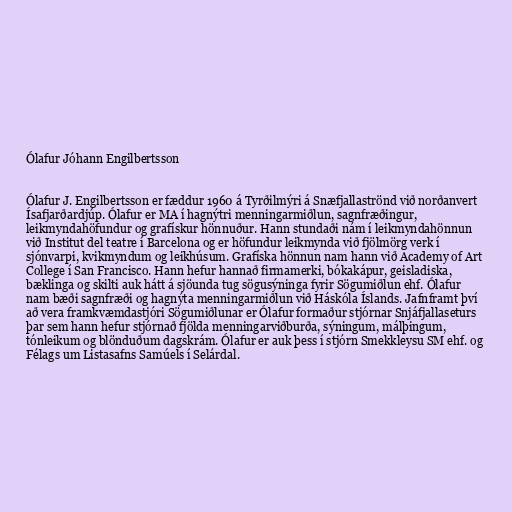
Ólafur Jóhann Engilbertsson

Ólafur J. Engilbertsson er fæddur 1960 á Tyrðilmýri á Snæfjallaströnd við norðanvert
Ísafjarðardjúp. Ólafur er MA í hagnýtri menningarmiðlun, sagnfræðingur,
leikmyndahöfundur og grafískur hönnuður. Hann stundaði nám í leikmyndahönnun
við Institut del teatre í Barcelona og er höfundur leikmynda við fjölmörg verk í
sjónvarpi, kvikmyndum og leikhúsum. Grafíska hönnun nam hann við Academy of Art
College í San Francisco. Hann hefur hannað firmamerki, bókakápur, geisladiska,
bæklinga og skilti auk hátt á sjöunda tug sögusýninga fyrir Sögumiðlun ehf. Ólafur
nam bæði sagnfræði og hagnýta menningarmiðlun við Háskóla Íslands. Jafnframt því
að vera framkvæmdastjóri Sögumiðlunar er Ólafur formaður stjórnar Snjáfjallaseturs
þar sem hann hefur stjórnað fjölda menningarviðburða, sýningum, málþingum,
tónleikum og blönduðum dagskrám. Ólafur er auk þess í stjórn Smekkleysu SM ehf. og
Félags um Listasafns Samúels í Selárdal.